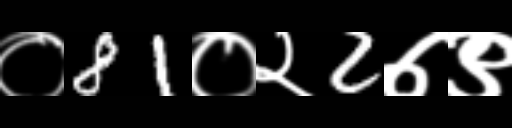
Text: ०81०२2७९